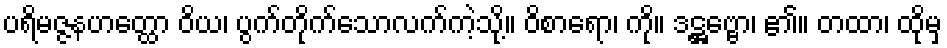
ပရိမဇ္ဇနဟတ္ထော ဝိယ၊ ပွက်တိုက်သောလက်ကဲ့သို့။ ဝိစာရော၊ ကို။ ဒဋ္ဌဗ္ဗော၊ ၏။ တထာ၊ ထိုမှ